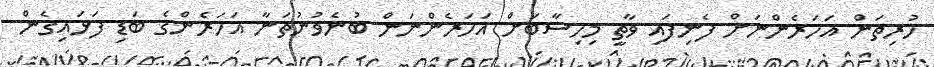
ހުރިތަން އަހަރެންނަށް ފެނިފައި ވާތީ މިހިސާބަށް އަހަރެންނަން ބުނެވުނުތަނާ އަހަރެންގެ ބަޑި ފަޅައިގެން